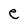
Character: e